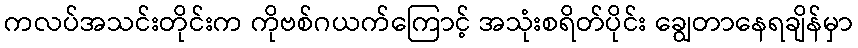
ကလပ်အသင်းတိုင်းက ကိုဗစ်ဂယက်ကြောင့် အသုံးစရိတ်ပိုင်း ချွေတာနေရချိန်မှာ